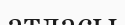
атласы